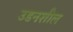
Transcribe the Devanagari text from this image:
उडनशील